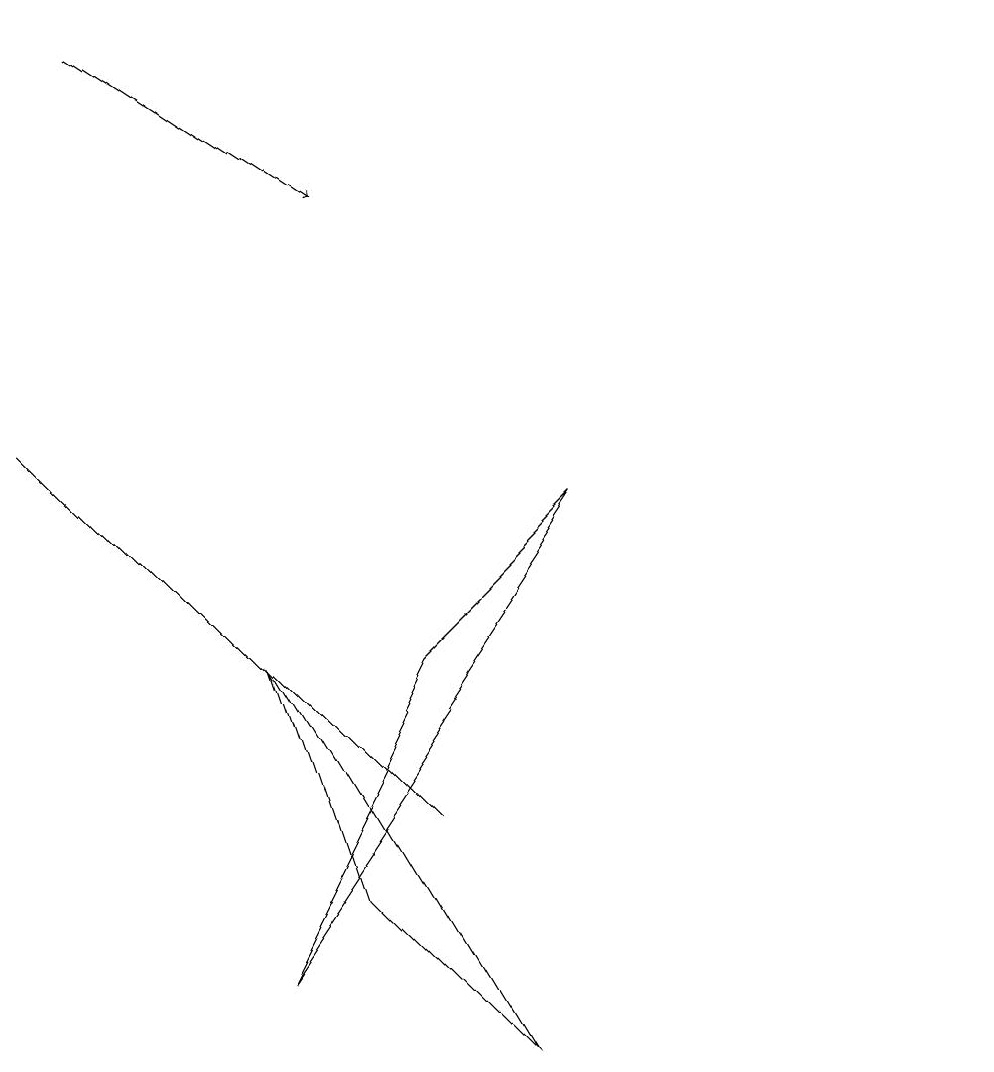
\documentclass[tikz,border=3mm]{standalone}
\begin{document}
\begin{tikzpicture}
\draw (12,10) circle (0);
\draw (3,2) -- (7,8) -- (5,6) -- cycle;
\draw[->] (1,14) -- (4,12);
\draw (4,3) -- (6,1) -- (3,6) -- cycle;
\draw (0,9) -- (4,5) -- (5,4) -- cycle;
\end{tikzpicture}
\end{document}